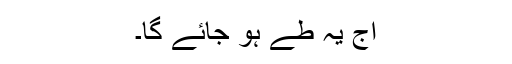
آج یہ طے ہو جائے گا۔